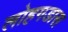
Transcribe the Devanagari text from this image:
लोहगडास